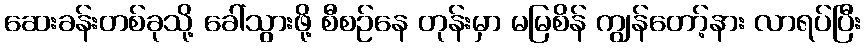
ဆေးခန်းတစ်ခုသို့ ခေါ်သွားဖို့ စီစဉ်နေ တုန်းမှာ မမြစိန် ကျွန်တော့်နား လာရပ်ပြီး